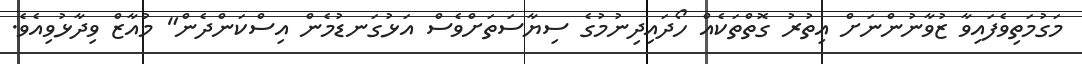
މަގުމަތިވެފައިވާ ޒުވާނުންނަށް އިތުރު ގޮތްތަކެއް ހޯދައިދިނުމުގެ ސިޔާސަތަށްވެސް އަޅުގަނޑުމެން އިސްކަންދެން" މުއާޒް ވިދާޅުވިއެވެ.